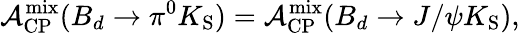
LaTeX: {\cal A}_{\mathrm{CP}}^{\mathrm{mix}}(B_{d}\to\pi^{0}K_{\mathrm{S}})={\cal A}_{\mathrm{CP}}^{\mathrm{mix}}(B_{d}\to J/\psi K_{\mathrm{S}}),